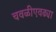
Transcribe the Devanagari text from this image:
चवळीएवढ्या